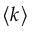
\left\langle k \right\rangle